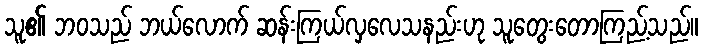
သူ၏ ဘဝသည် ဘယ်လောက် ဆန်းကြယ်လှလေသနည်းဟု သူတွေးတောကြည့်သည်။